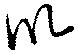
以